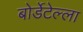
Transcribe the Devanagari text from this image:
बोर्डेटेल्ला